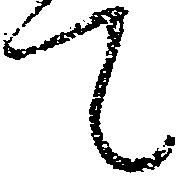
て